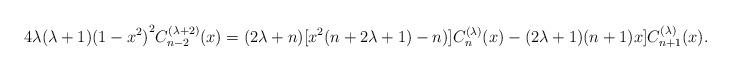
LaTeX: \begin{align*}4 \lambda(\lambda+1){(1-x^2)}^2C_{n-2}^{(\lambda+2)}(x) =(2\lambda+n)[x^2(n+2\lambda+1)-n)]C_n^{(\lambda)}(x)-(2\lambda+1)(n+1)x]C_{n+1}^{(\lambda)}(x).\end{align*}